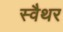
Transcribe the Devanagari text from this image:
स्वैथर